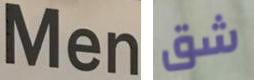
Men شق